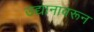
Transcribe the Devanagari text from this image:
उद्यानावरून